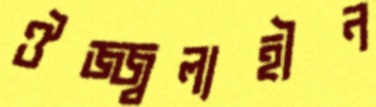
ঔজ্জ্বল্যহীন